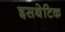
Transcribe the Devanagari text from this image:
इसथेटिक